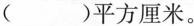
()平方厘米。